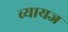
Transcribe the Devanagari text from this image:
व्‍यायज